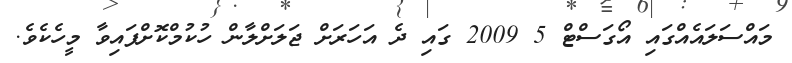
މައްސަލައެއްގައި އޯގަސްޓް 5 2009 ގައި ދެ އަހަރަށް ޖަލަށްލާން ހުކުމްކޮށްފައިވާ މީހެކެވެ.